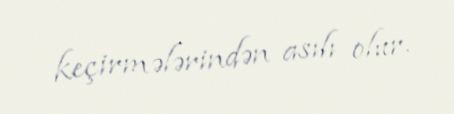
keçirmələrindən asılı olur.